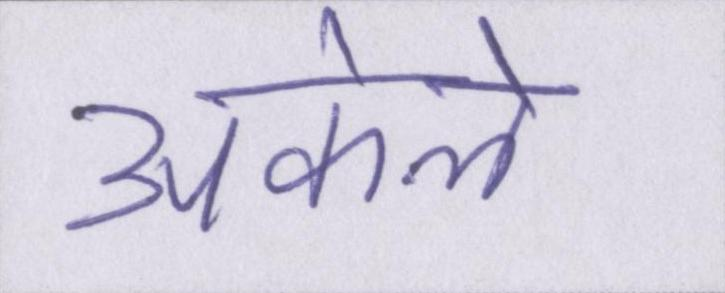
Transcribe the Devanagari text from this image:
अकेले